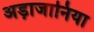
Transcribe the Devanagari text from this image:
अड़ाजानिया